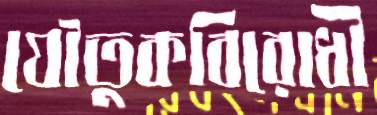
যৌতুকবিরোধী